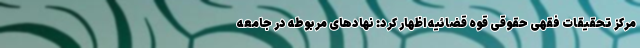
مرکز تحقیقات فقهی حقوقی قوه قضائیه اظهار کرد: نهادهای مربوطه در جامعه